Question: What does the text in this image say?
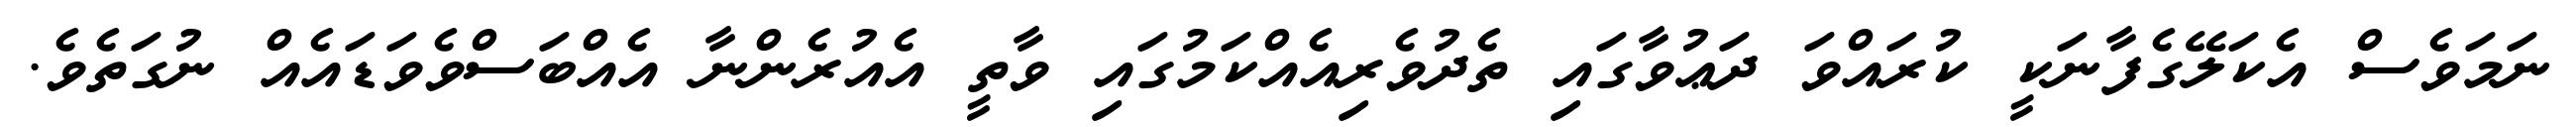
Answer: ނަމަވެސް އެކަލޭގެފާނަކީ ކުރައްވަ ދަޢުވާގައި ތެދުވެރިއެއްކަމުގައި ވާތީ އެއުރެންނާ އެއްބަސްވެވަޑައެއް ނުގަތެވެ.